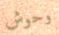
وحوش